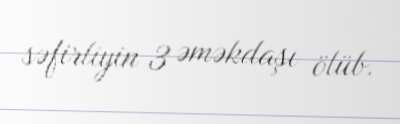
səfirliyin 3 əməkdaşı ölüb.